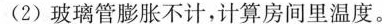
(2)玻璃管膨胀不计，计算房间里温度。